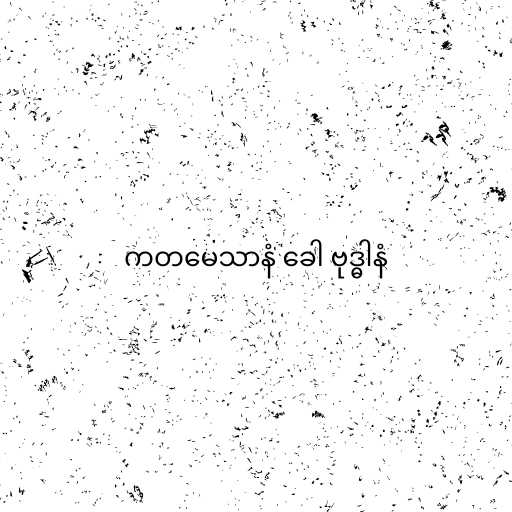
ကတမေသာနံ ခေါ ဗုဒ္ဓါနံ